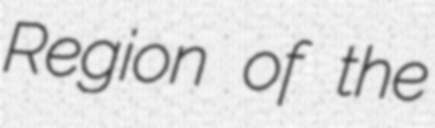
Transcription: Region of the